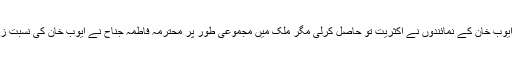
دھاندلی کی وجہ سے ایوب خان کے نمائندوں نے اکثریت تو حاصل کرلی مگر ملک میں مجموعی طور پر محترمہ فاطمہ جناح نے ایوب خان کی نسبت زیادہ ووٹ حاصل کئے۔